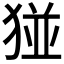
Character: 𪻁